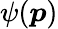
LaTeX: \psi(\boldsymbol{p})